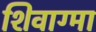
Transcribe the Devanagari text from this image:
शिवाग्मा